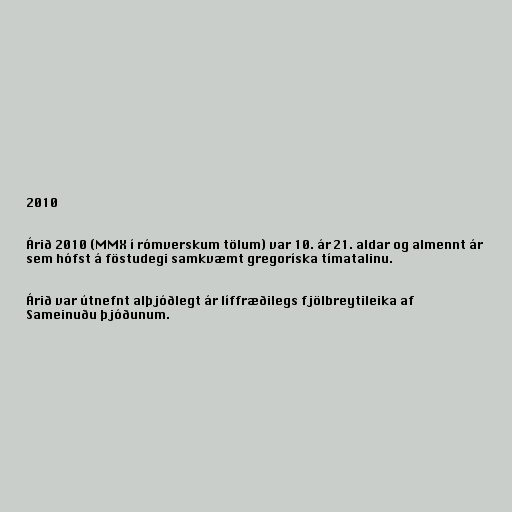
2010

Árið 2010 (MMX í rómverskum tölum) var 10. ár 21. aldar og almennt ár
sem hófst á föstudegi samkvæmt gregoríska tímatalinu.

Árið var útnefnt alþjóðlegt ár líffræðilegs fjölbreytileika af
Sameinuðu þjóðunum.